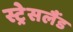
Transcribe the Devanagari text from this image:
स्ट्रेसलैंड